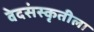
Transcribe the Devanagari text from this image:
वेदसंस्कृतीला